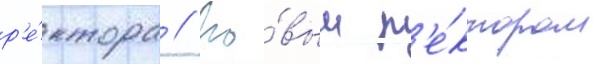
р'е́ктора // Но́вым р'е́ктором